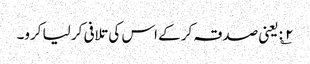
۲؎: یعنی صدقہ کر کے اس کی تلافی کر لیا کرو۔